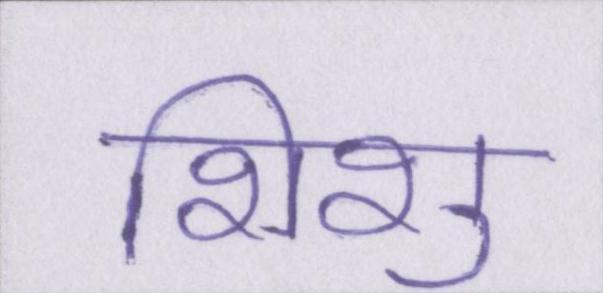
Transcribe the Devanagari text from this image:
शिशु